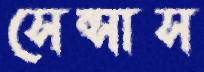
সেন্সাস